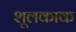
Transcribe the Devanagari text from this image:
शूलकाक